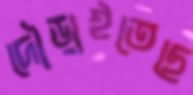
দৌড়াইতেছে